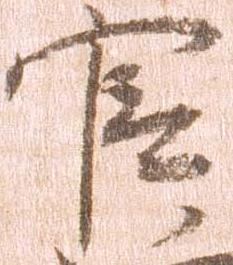
官